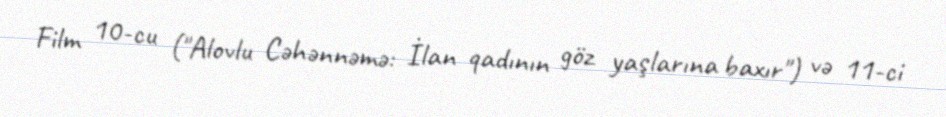
Film 10-cu ("Alovlu Cəhənnəmə: İlan qadının göz yaşlarına baxır") və 11-ci